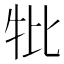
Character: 𤘥